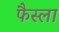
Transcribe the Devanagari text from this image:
फैस्ला